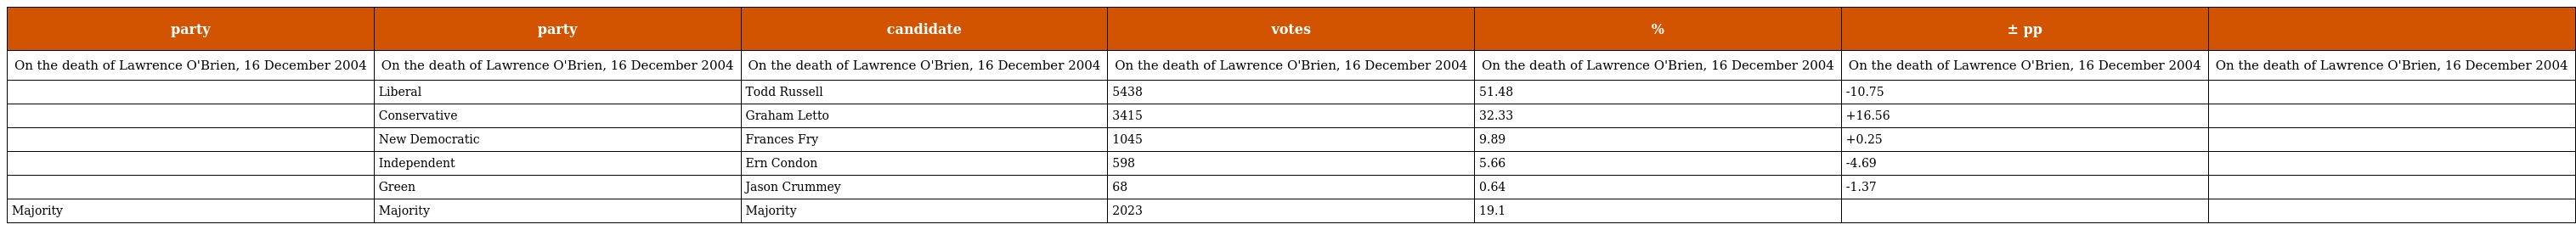
| party | party | candidate | votes | % | ± pp |  |
 | --- | --- | --- | --- | --- | --- | --- |
 | On the death of Lawrence O'Brien, 16 December 2004 | On the death of Lawrence O'Brien, 16 December 2004 | On the death of Lawrence O'Brien, 16 December 2004 | On the death of Lawrence O'Brien, 16 December 2004 | On the death of Lawrence O'Brien, 16 December 2004 | On the death of Lawrence O'Brien, 16 December 2004 | On the death of Lawrence O'Brien, 16 December 2004 |
 |  | Liberal | Todd Russell | 5438 | 51.48 | -10.75 |  |
 |  | Conservative | Graham Letto | 3415 | 32.33 | +16.56 |  |
 |  | New Democratic | Frances Fry | 1045 | 9.89 | +0.25 |  |
 |  | Independent | Ern Condon | 598 | 5.66 | -4.69 |  |
 |  | Green | Jason Crummey | 68 | 0.64 | -1.37 |  |
 | Majority | Majority | Majority | 2023 | 19.1 |  |  |